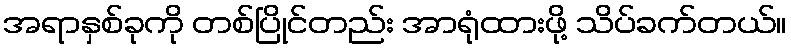
အရာနှစ်ခုကို တစ်ပြိုင်တည်း အာရုံထားဖို့ သိပ်ခက်တယ်။